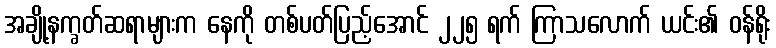
အချို့နက္ခတ်ဆရာများက နေကို တစ်ပတ်ပြည့်အောင် ၂၂၅ ရက် ကြာသလောက် ယင်း၏ ဝန်ရိုး